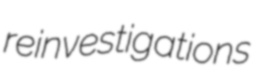
reinvestigations